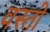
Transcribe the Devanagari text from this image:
वस्तो